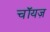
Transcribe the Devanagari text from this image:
चॉयज़